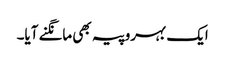
ایک بہروپیہ بھی مانگنے آیا۔